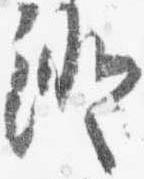
澄